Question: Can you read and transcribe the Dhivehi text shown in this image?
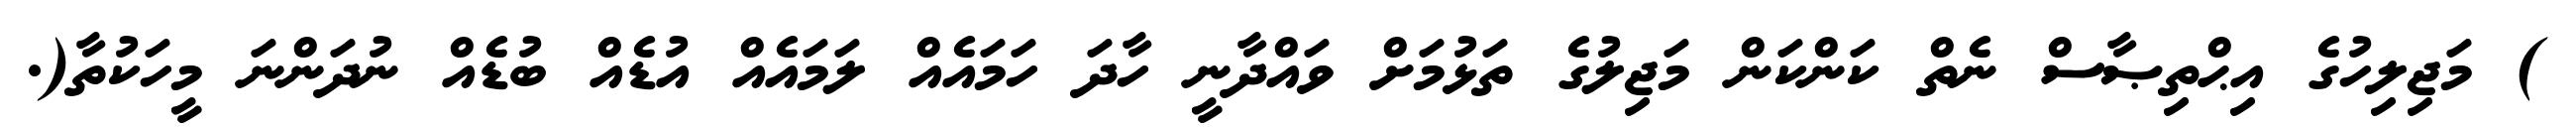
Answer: ) މަޖިލިހުގެ އިޙްތިޞާސް ނެތް ކަންކަން މަޖިލުގެ ތަޅުމަށް ވައްދާނީ ހާދަ ހަމައެއް ލަމައެއް އުޑެއް ބުޑެއް ނުދަންނަ މީހަކުތާ(.